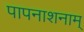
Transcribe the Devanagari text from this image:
पापनाशनाम्